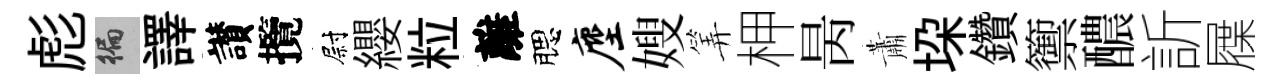
彪徧譯讃攬尉纓粒離腮麈嫂筭柙昺蕭垜鑽籞醲訢屧